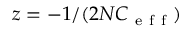
z = - 1 / ( 2 N C _ { \mathrm { ~ e ~ f ~ f ~ } } )